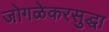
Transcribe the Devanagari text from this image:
जोगळेकरसुद्धा